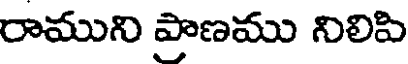
రాముని ప్రాణము నిలిపి